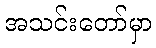
အသင်းတော်မှာ